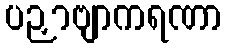
ပဉှာဗျာကရဏာ